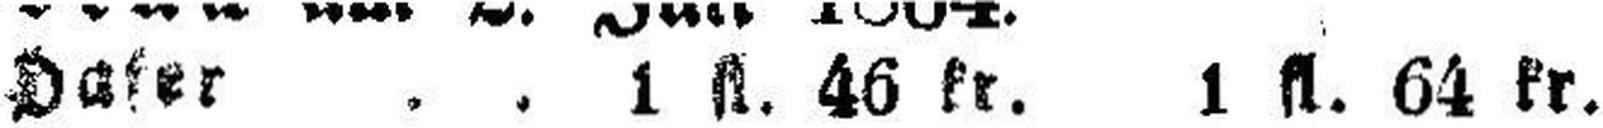
Daker . . 1 fl. 46 kr. 1 fl. 64 kr.